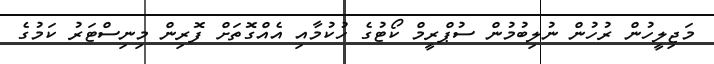
މަޖިލީހުން ރުހުން ނުލިބުމުން ސުޕްރީމް ކޯޓުގެ ހުކުމާއި އެއްގޮތަށް ފޮރިން މިނިސްޓަރު ކަމުގެ